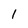
Character: 1